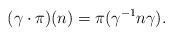
LaTeX: \begin{align*}(\gamma \cdot \pi) (n) = \pi (\gamma^{-1} n \gamma) . \end{align*}